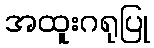
အထူးဂရုပြု